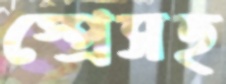
স্প্রেসহ